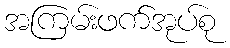
အကြမ်းဖက်အုပ်စု